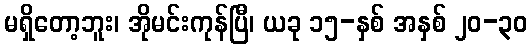
မရှိတော့ဘူး၊ အိုမင်းကုန်ပြီ၊ ယခု ၁၅-နှစ် အနှစ် ၂၀-၃၀